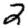
Digit: 2